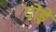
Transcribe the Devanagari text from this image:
दोड़े